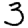
Digit: 3